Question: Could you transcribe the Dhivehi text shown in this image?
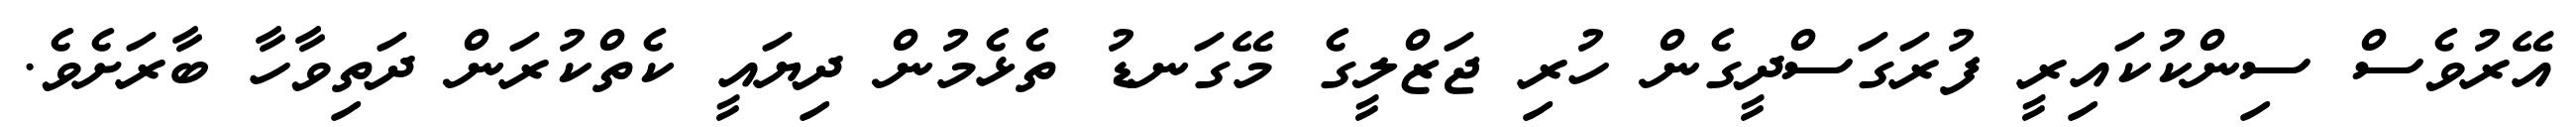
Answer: އޭރުވެސް ސިންކުކައިރީ ފުރަގަސްދީގެން ހުރި ޖަޒްލީގެ މޭގަނޑު ތެޅެމުން ދިޔައީ ކެތްކުރަން ދަތިވާހާ ބާރަށެވެ.